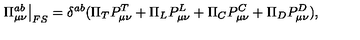
\left. \Pi _ { \mu \nu } ^ { a b } \right| _ { F S } = \delta ^ { a b } ( \Pi _ { T } P _ { \mu \nu } ^ { T } + \Pi _ { L } P _ { \mu \nu } ^ { L } + \Pi _ { C } P _ { \mu \nu } ^ { C } + \Pi _ { D } P _ { \mu \nu } ^ { D } ) ,